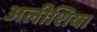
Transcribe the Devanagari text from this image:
अलीशिया